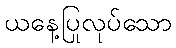
ယနေ့ပြုလုပ်သော